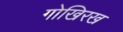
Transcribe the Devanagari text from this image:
गोखिरख